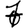
Digit: 7